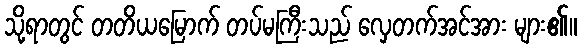
သို့ရာတွင် တတိယမြောက် တပ်မကြီးသည် လှေတက်အင်အား များ၏။